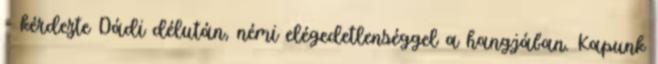
- kérdezte Dádi délután, némi elégedetlenséggel a hangjában. Kapunk